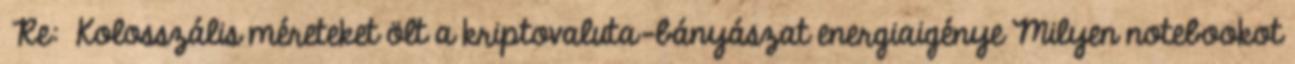
Re: Kolosszális méreteket ölt a kriptovaluta-bányászat energiaigénye Milyen notebookot